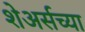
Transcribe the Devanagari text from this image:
शेअर्सच्या